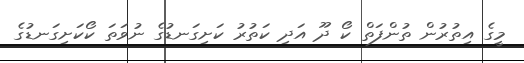
މީގެ އިތުރުން ތުންފަތް ކޯ ދޫ އަދި ކަތުރު ކަށިގަނޑުގެ ނުވަތަ ކޯކަށިގަނޑުގެ